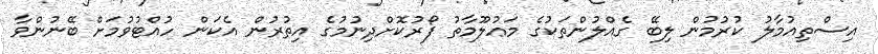
އިސްތިއުމާލު ކުރުމުން ލިބޭ ގެއްލުންތަކުގެ މަޢުލޫމާތު ފޯރުކޮށްދިނުމުގެ އިތުރުން އެކަން ހުއްޓުވުމަށް ބޭނުންވާ